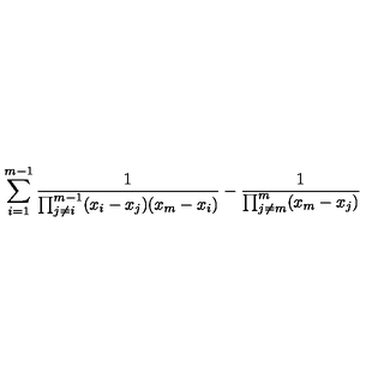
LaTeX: \sum _ { i = 1 } ^ { m - 1 } \frac { 1 } { \prod _ { j \neq i } ^ { m - 1 } ( x _ { i } - x _ { j } ) ( x _ { m } - x _ { i } ) } - \frac { 1 } { \prod _ { j \neq m } ^ { m } ( x _ { m } - x _ { j } ) }